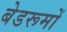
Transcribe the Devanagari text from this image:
बेडरूमों